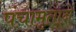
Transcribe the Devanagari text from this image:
पंचामृतानें